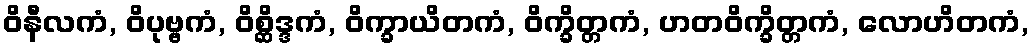
ဝိနီလကံ, ဝိပုဗ္ဗကံ, ဝိစ္ဆိဒ္ဒကံ, ဝိက္ခာယိတကံ, ဝိက္ခိတ္တကံ, ဟတဝိက္ခိတ္တကံ, လောဟိတကံ,